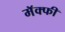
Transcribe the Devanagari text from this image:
मॅक्फी